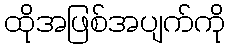
ထိုအဖြစ်အပျက်ကို